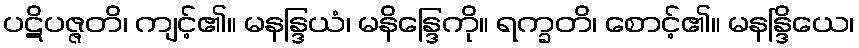
ပဋိပဇ္ဇတိ၊ ကျင့်၏။ မနန္ဒြယံ၊ မနိန္ဒြေကို။ ရက္ခတိ၊ စောင့်၏။ မနန္ဒြိယေ၊